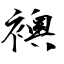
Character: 襖